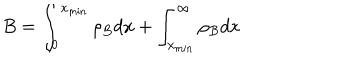
LaTeX: B = \int _ { 0 } ^ { x _ { \mathrm { m i n } } } \rho _ { B } d x + \int _ { x _ { \mathrm { m i n } } } ^ { \infty } \rho _ { B } d x \nonumber